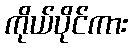
ကိုယ်ပိုင်ကား